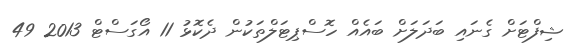
ޝިފްޓަށް ގެނައި ބަދަލަށް ބައެއް ހޮސްޕިޓަލްތަކުން ދެކޮޅު 11 އޯގަސްޓް 2013 49